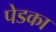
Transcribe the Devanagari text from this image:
पेडका